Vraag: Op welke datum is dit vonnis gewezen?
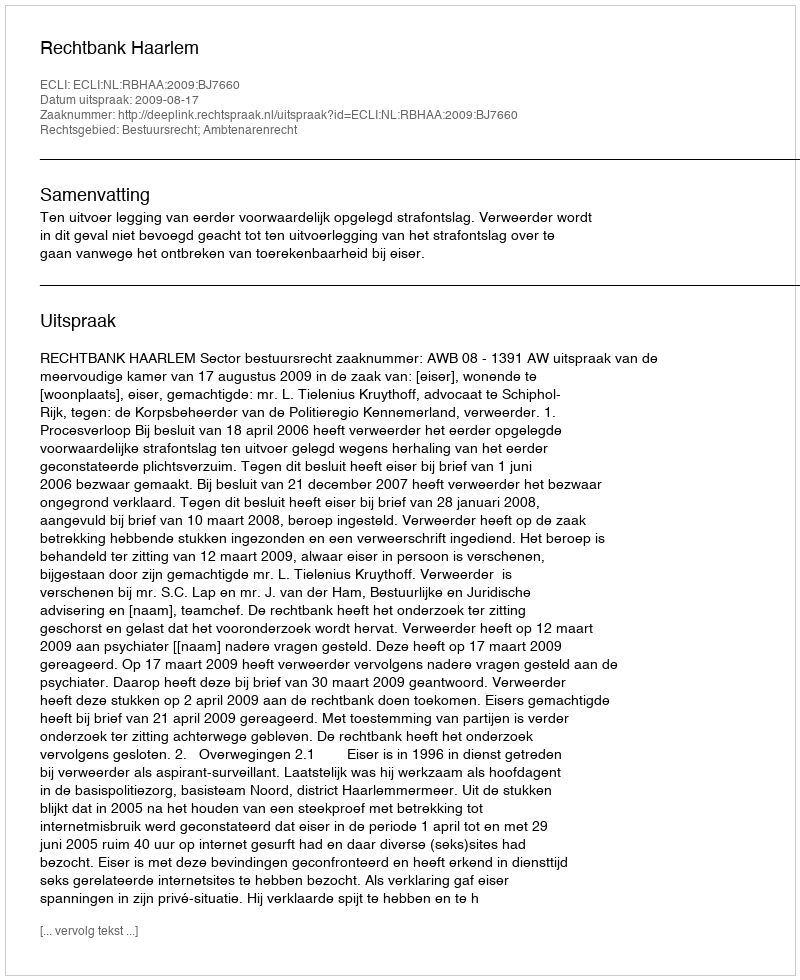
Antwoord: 2009-08-17